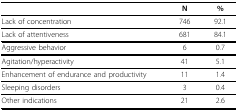
<table><thead><tr><td></td><td><b>N</b></td><td><b>%</b></td></tr></thead><tbody><tr><td>Lack of concentration</td><td>746</td><td>92.1</td></tr><tr><td>Lack of attentiveness</td><td>681</td><td>84.1</td></tr><tr><td>Aggressive behavior</td><td>6</td><td>0.7</td></tr><tr><td>Agitation/hyperactivity</td><td>41</td><td>5.1</td></tr><tr><td>Enhancement of endurance and productivity</td><td>11</td><td>1.4</td></tr><tr><td>Sleeping disorders</td><td>3</td><td>0.4</td></tr><tr><td>Other indications</td><td>21</td><td>2.6</td></tr></tbody></table>